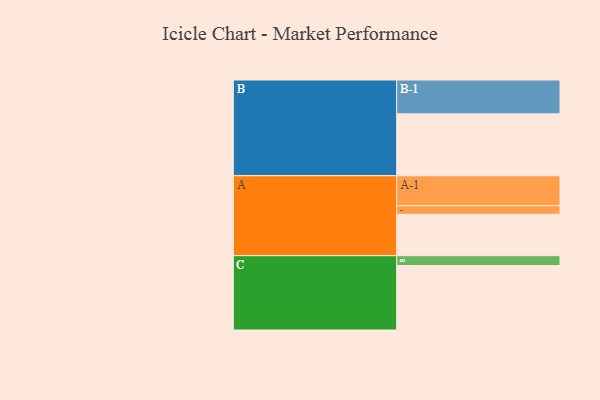
{"axis": {"x": "Segment", "y": "Value"}, "legend": ["", "A", "B", "C"], "data": [{"x": "A", "y": 338, "type": ""}, {"x": "B", "y": 505, "type": ""}, {"x": "C", "y": 526, "type": ""}, {"x": "A-1", "y": 244, "type": "A"}, {"x": "A-2", "y": 70, "type": "A"}, {"x": "B-1", "y": 276, "type": "B"}, {"x": "C-1", "y": 80, "type": "C"}]}